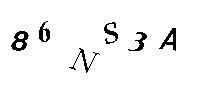
86NS3A